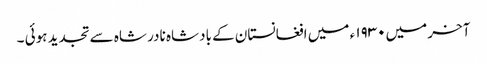
آخر میں۱۹۳۰ ء میں افغانستان کے بادشاہ نادر شاہ سے تجدید ہوئی ۔